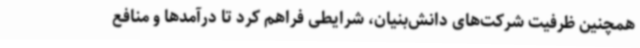
همچنین ظرفیت شرکت‌های دانش‌بنیان، شرایطی فراهم کرد تا درآمدها و منافع